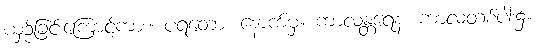
ယှဉ်ခြင်းကြောင့်ကား။ ပရတော၊ နောက်မှ။ ကာလန္တရေန၊ ကာလတစ်ပါး၌။